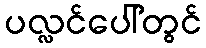
ပလ္လင်ပေါ်တွင်